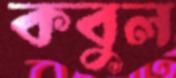
কবুল